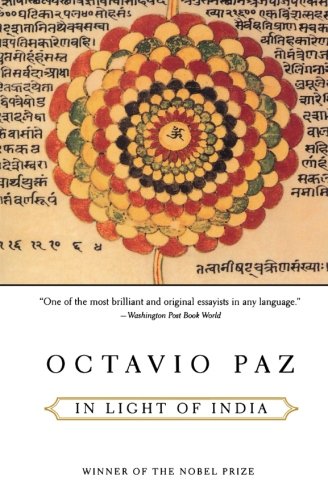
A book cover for In Light of India; Octavio Paz; Travel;